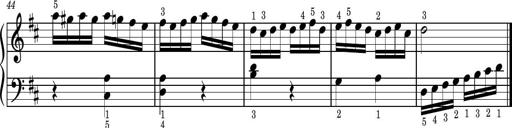
Title: Easy Progressive Lessons and 4 Sonatinas
Composer: Thomas Attwood